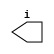
// This program was cloned from: https://github.com/rkrajnc/minimig-de1
// License: GNU General Public License v3.0

/********************************************/
/* generic_output.v                         */
/* A generic implementation of outputs      */
/* (LEDs, ...)                              */
/*                                          */
/* 2012, rok.krajnc@gmail.com               */
/********************************************/


module generic_output #(
  parameter OW  = 1,    // output width
  parameter DS  = 1'b0, // default (off) state
  parameter DBG = 0     // debug output
)(
  output wire [ OW-1:0] i
);



////////////////////////////////////////
// logic                              //
////////////////////////////////////////

reg  [ OW-1:0] state_old = {OW{DS}};

always @ (i) begin
  if (i != state_old) begin
  if (DBG) $display ("BENCH : %M : %t : changing state from [%b] to [%b].", $time, state_old, i);
  state_old = #1 i;
  end
end



////////////////////////////////////////
// tasks                              //
////////////////////////////////////////

//// read ////
task read;
output [ OW-1:0] data;
begin
  data = state_old;
end
endtask



endmodule